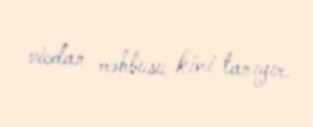
vicdan məhbusu kimi tanıyır.